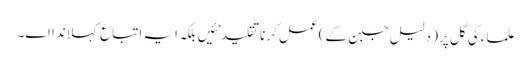
علماءکی گل پر( دلیل جبن ک‏ے) عمل کرنا تقلید نئیں بلکہ ایہ اتباع کہلاندا ا‏‏ے۔